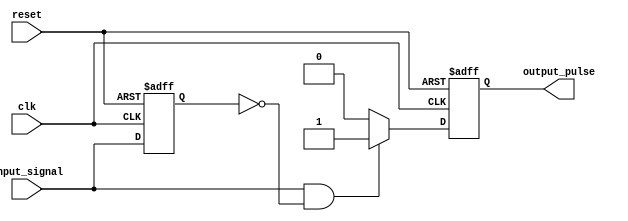
module edge_detector (
    input wire clk,              // Clock signal
    input wire reset,            // Asynchronous reset
    input wire input_signal,      // Input signal to detect edges
    output reg output_pulse      // Output pulse indicating edge detection
);

    reg prev_state;              // Register to hold the previous state of the input signal

    // Asynchronous reset and edge detection logic
    always @(posedge clk or posedge reset) begin
        if (reset) begin
            prev_state <= 1'b0;   // Reset previous state to 0
            output_pulse <= 1'b0; // Reset output pulse to 0
        end else begin
            // Edge detection logic
            if (input_signal == 1'b1 && prev_state == 1'b0) begin
                output_pulse <= 1'b1; // Positive edge detected, set pulse high
            end else begin
                output_pulse <= 1'b0;  // No edge detected, reset pulse
            end
            prev_state <= input_signal; // Update previous state
        end
    end

endmodule